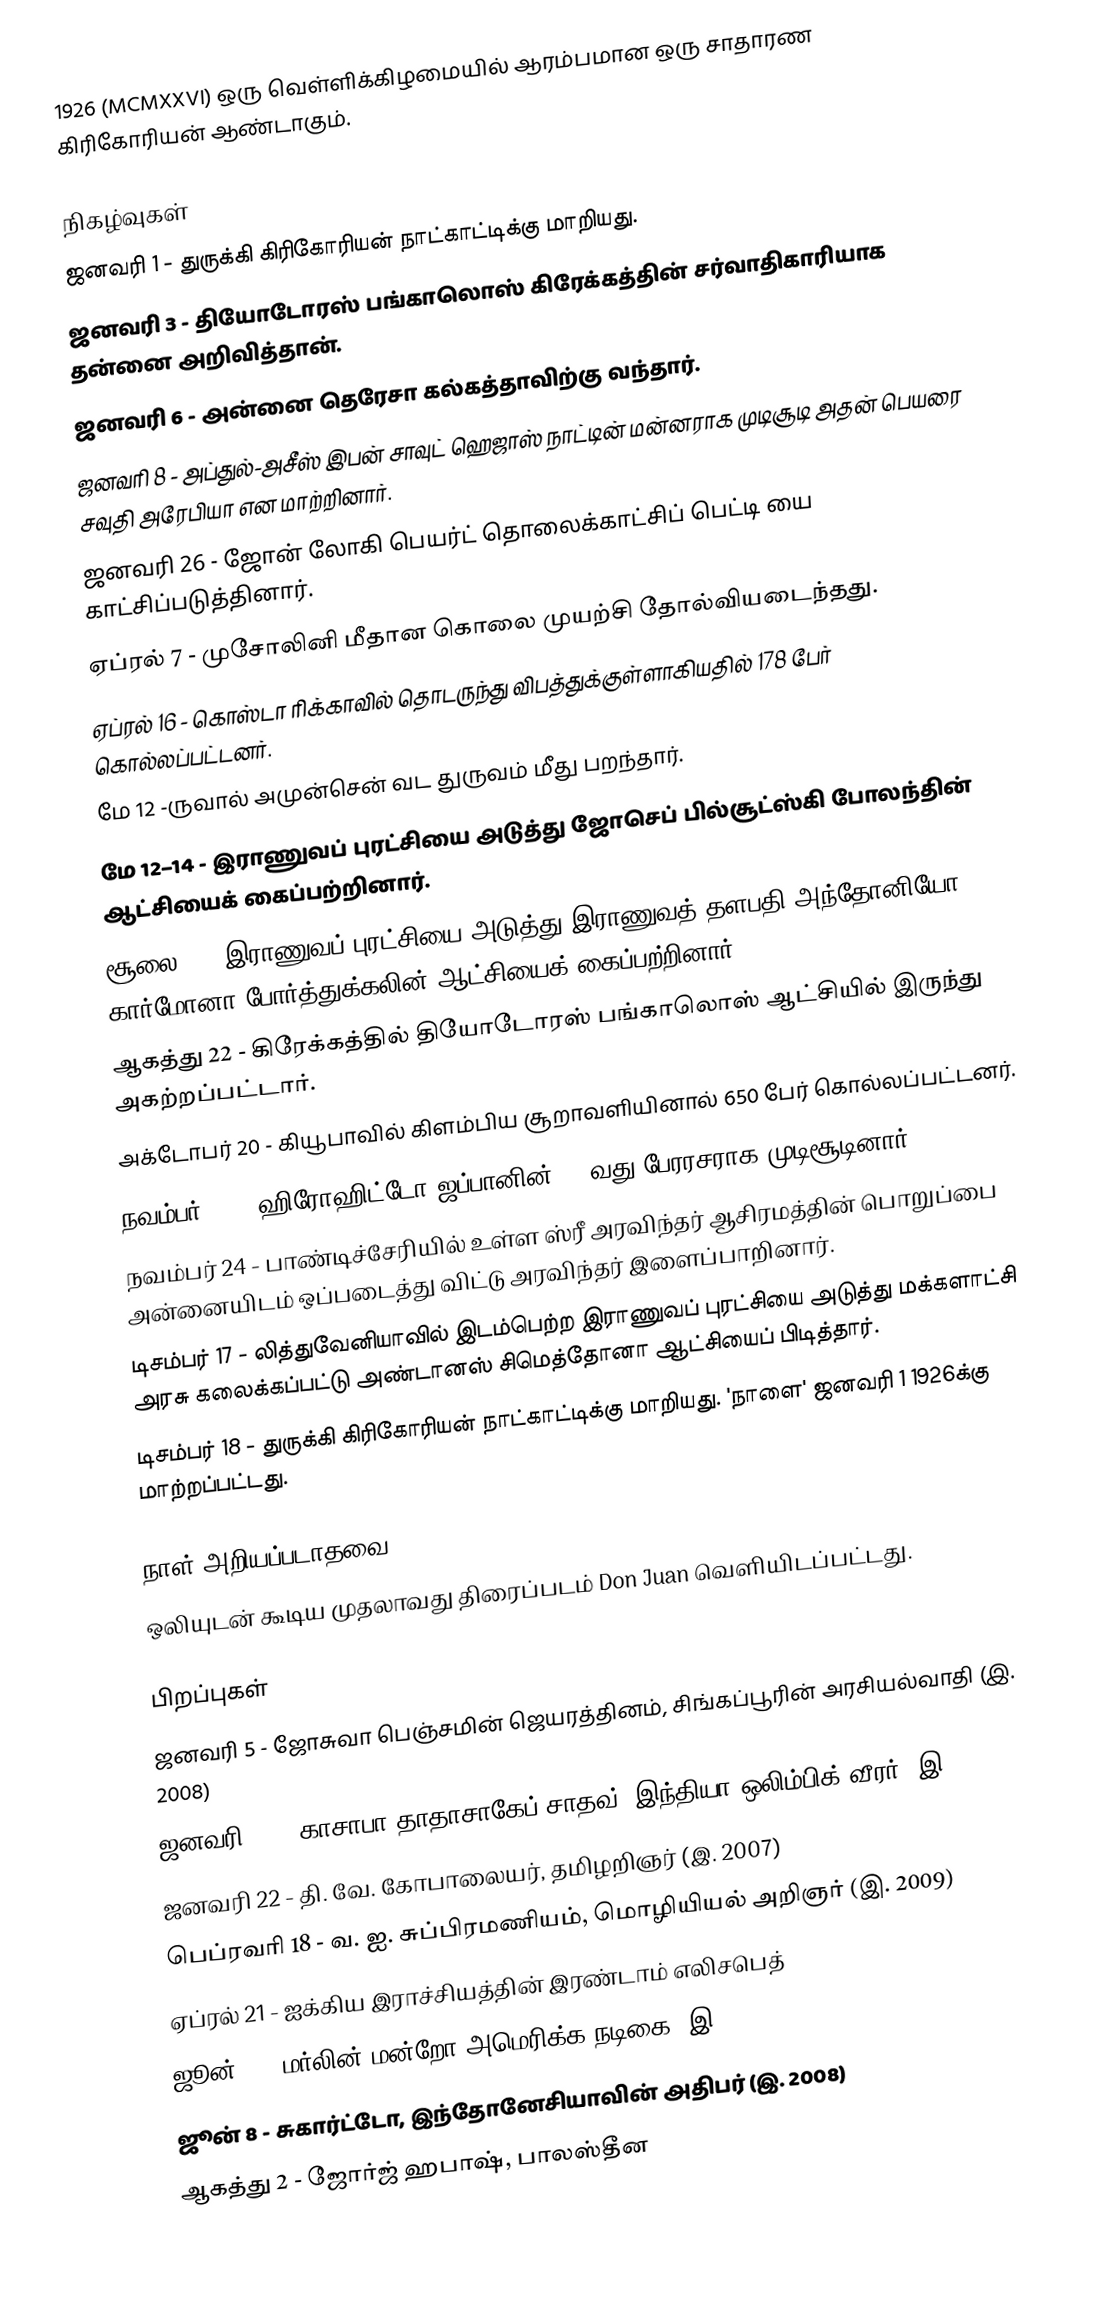
1926  (MCMXXVI) ஒரு வெள்ளிக்கிழமையில் ஆரம்பமான ஒரு சாதாரண கிரிகோரியன் ஆண்டாகும்.

நிகழ்வுகள்
 ஜனவரி 1 - துருக்கி கிரிகோரியன் நாட்காட்டிக்கு மாறியது.
 ஜனவரி 3 - தியோடோரஸ் பங்காலொஸ் கிரேக்கத்தின் சர்வாதிகாரியாக தன்னை அறிவித்தான்.
 ஜனவரி 6 - அன்னை தெரேசா கல்கத்தாவிற்கு வந்தார்.
 ஜனவரி 8 - அப்துல்-அசீஸ் இபன் சாவுட் ஹெஜாஸ் நாட்டின் மன்னராக முடிசூடி அதன் பெயரை சவுதி அரேபியா என மாற்றினார்.
 ஜனவரி 26 - ஜோன் லோகி பெயர்ட் தொலைக்காட்சிப் பெட்டி யை காட்சிப்படுத்தினார்.
 ஏப்ரல் 7 - முசோலினி மீதான கொலை முயற்சி தோல்வியடைந்தது.
 ஏப்ரல் 16 - கொஸ்டா ரிக்காவில் தொடருந்து விபத்துக்குள்ளாகியதில் 178 பேர் கொல்லப்பட்டனர்.
 மே 12 -ருவால் அமுன்சென் வட துருவம் மீது பறந்தார்.
 மே 12–14 - இராணுவப் புரட்சியை அடுத்து ஜோசெப் பில்சூட்ஸ்கி போலந்தின் ஆட்சியைக் கைப்பற்றினார்.
 சூலை 9 - இராணுவப் புரட்சியை அடுத்து இராணுவத் தளபதி அந்தோனியோ கார்மோனா போர்த்துக்கலின் ஆட்சியைக் கைப்பற்றினார்.
 ஆகத்து 22 - கிரேக்கத்தில் தியோடோரஸ் பங்காலொஸ் ஆட்சியில் இருந்து அகற்றப்பட்டார்.
 அக்டோபர் 20 - கியூபாவில் கிளம்பிய சூறாவளியினால் 650 பேர் கொல்லப்பட்டனர்.
 நவம்பர் 10 - ஹிரோஹிட்டோ ஜப்பானின் 124வது பேரரசராக முடிசூடினார்.
 நவம்பர் 24 - பாண்டிச்சேரியில் உள்ள ஸ்ரீ அரவிந்தர் ஆசிரமத்தின் பொறுப்பை அன்னையிடம் ஒப்படைத்து விட்டு அரவிந்தர் இளைப்பாறினார்.
 டிசம்பர் 17 - லித்துவேனியாவில் இடம்பெற்ற இராணுவப் புரட்சியை அடுத்து மக்களாட்சி அரசு கலைக்கப்பட்டு அண்டானஸ் சிமெத்தோனா ஆட்சியைப் பிடித்தார்.
 டிசம்பர் 18 - துருக்கி கிரிகோரியன் நாட்காட்டிக்கு மாறியது. 'நாளை' ஜனவரி 1 1926க்கு மாற்றப்பட்டது.

நாள் அறியப்படாதவை
 ஒலியுடன் கூடிய முதலாவது திரைப்படம் Don Juan வெளியிடப்பட்டது.

பிறப்புகள்
 ஜனவரி 5 - ஜோசுவா பெஞ்சமின் ஜெயரத்தினம், சிங்கப்பூரின் அரசியல்வாதி (இ. 2008)
 ஜனவரி 15 - காசாபா தாதாசாகேப் சாதவ், இந்தியா ஒலிம்பிக் வீரர் (இ. 1984)
 ஜனவரி 22 - தி. வே. கோபாலையர், தமிழறிஞர் (இ. 2007)
 பெப்ரவரி 18 - வ. ஐ. சுப்பிரமணியம், மொழியியல் அறிஞர் (இ. 2009)
 ஏப்ரல் 21 - ஐக்கிய இராச்சியத்தின் இரண்டாம் எலிசபெத்
 ஜூன் 1 - மர்லின் மன்றோ அமெரிக்க நடிகை (இ. 1962)
 ஜூன் 8 - சுகார்ட்டோ, இந்தோனேசியாவின் அதிபர் (இ. 2008)
 ஆகத்து 2 - ஜோர்ஜ் ஹபாஷ், பாலஸ்தீன